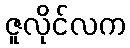
ဇူလိုင်လက